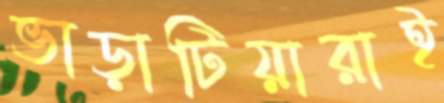
ভাড়াটিয়ারাই